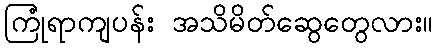
ကြုံရာကျပန်း အသိမိတ်ဆွေတွေလား။